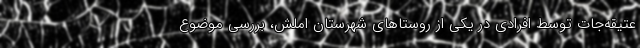
عتیقه‌جات توسط افرادی در یکی از روستاهای شهرستان املش، بررسی موضوع